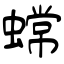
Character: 蟐